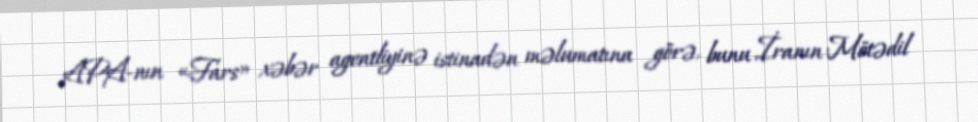
APA-nın «Fars» xəbər agentliyinə istinadən məlumatına görə, bunu İranın Mötədil